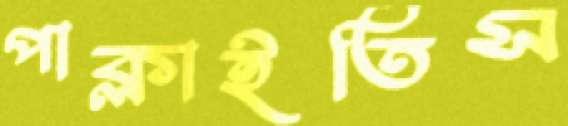
পাক্‌লাইতিস